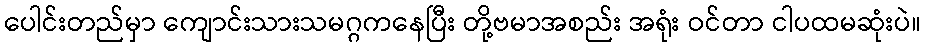
ပေါင်းတည်မှာ ကျောင်းသားသမဂ္ဂကနေပြီး တို့ဗမာအစည်း အရုံး ဝင်တာ ငါပထမဆုံးပဲ။